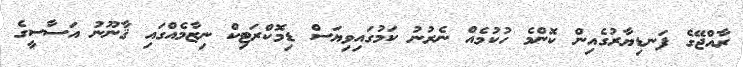
ރާއްޖޭގެ ފަނޑިޔާރުގެއިން ކޮންމެ ހުކުމެއް ނެރުނު ކަމުގައިވިޔަސް ޑިމޮކްރަޓިކް ނިޒާމެއްގައި ޤާނޫނު އަސާސީގެ